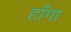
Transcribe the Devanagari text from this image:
हाँगा